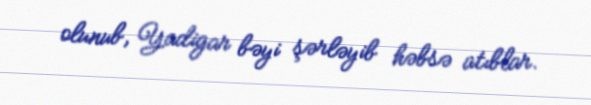
olunub, Yadigar bəyi şərləyib həbsə atıblar.